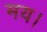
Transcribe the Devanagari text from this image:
मय।